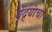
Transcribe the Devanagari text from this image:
बेंद्र्यांचा